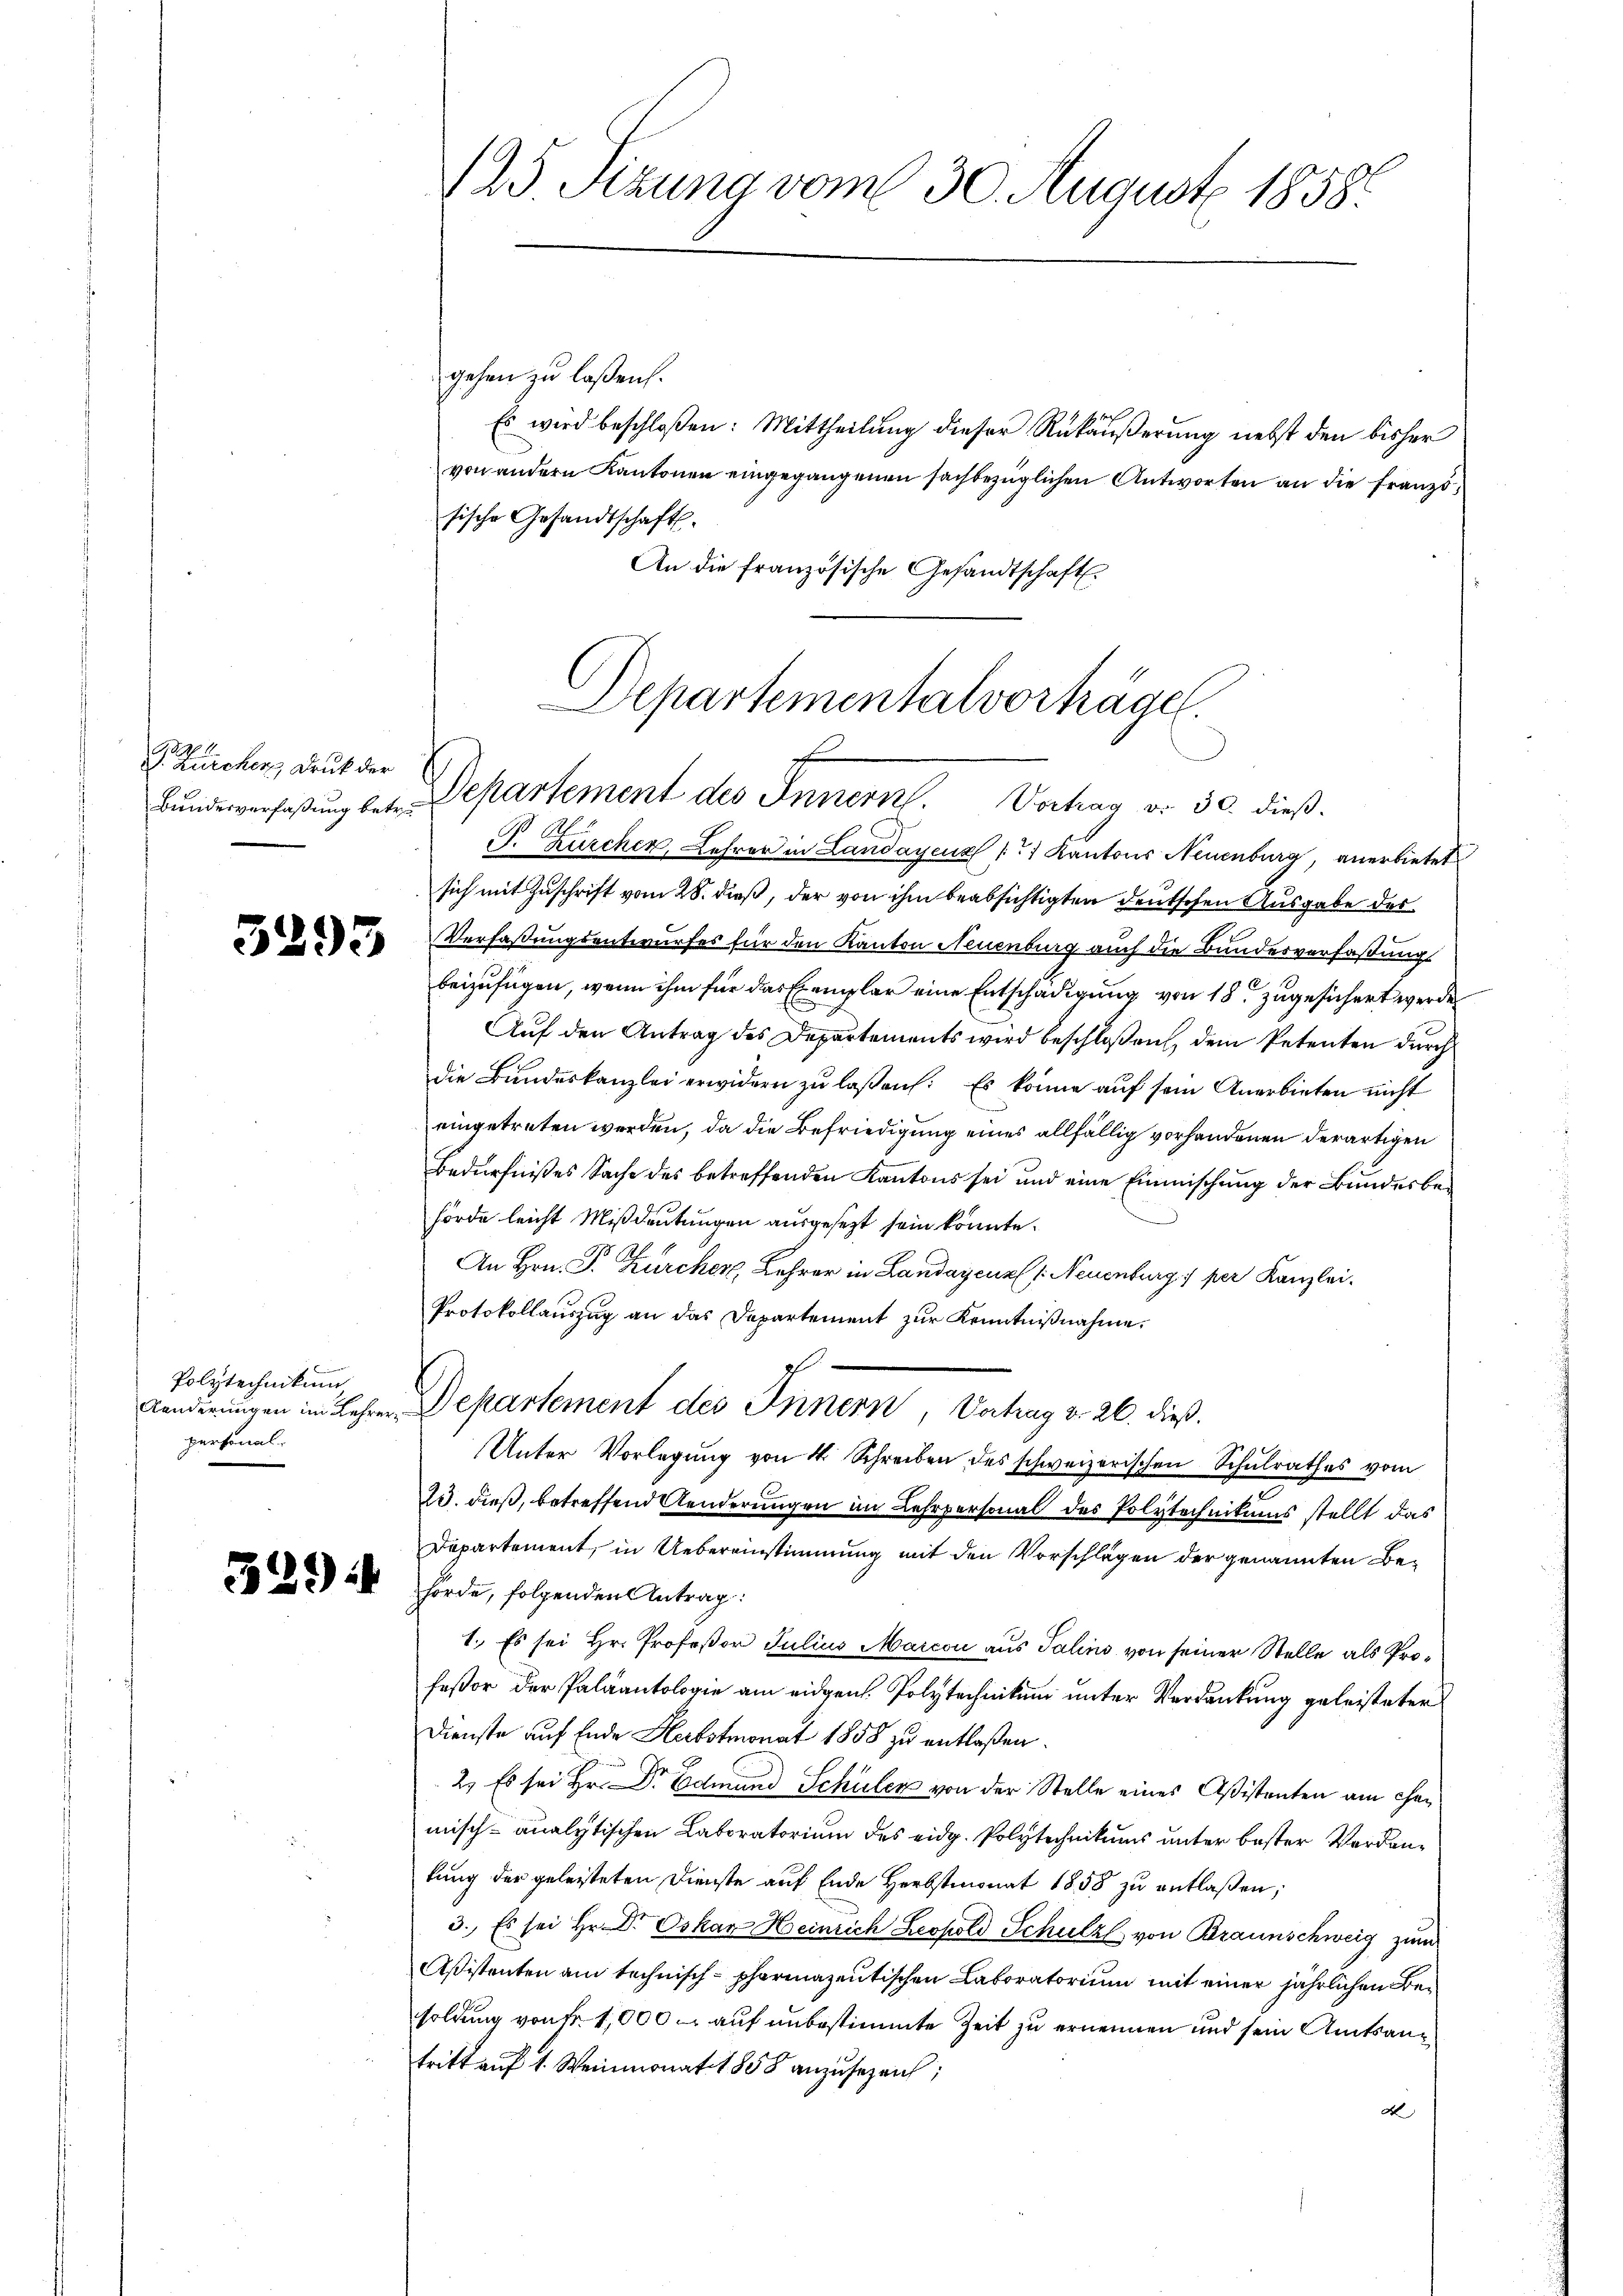
Zürcher, Druk der

5293

Polytechnikum
personal-

125 Sizung vom 30. August 1858.

gehen zu laßen.
Es wird beschloßen: Mittheilung dieser Rükäußerung nebst den bisher
von andern Kantonen eingegangenen sachbezüglichen Antworten an die Französische Gesandtschaft.
An die französische Gesandtschaft.
P. Zürcher, Lehrer in Landayeus / 1 Kantons Neuenburg, anerbietet
sich mit Zuschrift vom 28. dieß, der von ihm beabsichtigten deutschen Ausgabe des
Verfaßungsentwurfes für den Kanton Neuenburg auch die Bundesverfaßung
1
.
beizufügen, wenn ihm für das Exemplar eine Entschädigung von 18. zugesichert werde
Auf den Antrag des Departements wird beschloßen, dem Petenten durch
die Bundeskanzlei erwidern zu laßen: Es könne auf sein Anerbieten nicht
eingetreten werden, da die Befriedigung eines allfällig vorhandenen derartigen
Bedürfnißes Sache des betreffenden Kantons sei und eine Einmischŭng der Bŭndesbehörde leicht Mißdeutungen ausgesezt sein könnte.
An Hrn. P. Zürcher, Lehrer in Landayeurs. Neuenburg 1 per Kanzlei.
Protokollauszug an das Departement zur Kenntnißnahme.
Aenderungen im Lehrer Departement des Innern, Vertrag d. 26. dieß.
Unter Vorlegung von 4 Schreiben des schweizerischen Schulrathes vom
25. dieß, betreffend Aenderungen im Lehrpersonal des Polytechnikums stellt das
Departement, in Uebereinstimmung mit den Vorschlägen der genannten Be¬
2922 an Förde, folgenden Antrag:
1. Es sei Hr. Profeßor Julius Marcon aus Talins von seiner Stelle als Profeßor der Paläontologie am eidgen. Polytechnikum unter Verdankung geleisteter
Dienste auf Ende Herbstmonat 1858 zu entlaßen.
2. Es sei Hr. Dr Edmund Schüler von der Stelle eines Aßistenten am Gemisch-analytischen Laboratorium des eidg. Polytechnikums unter bester Verdankung der geleisteten Dienste auf Ende Herbstmonat 1858 zu entlaßen;
3. Es sei Hr. Dr. Oskar Heinrich Leopold Schulz von Braunschweig zum
Aßistenten am technisch-pharmazentischen Laboratorium mit einer jährlichen Besoldung von Fr. 1,000 – auf unbestimmte Zeit zu ernennen und sein Amtsantritt auf 1. Weinmonat 1858 anzusezeich,
A

Departementalvorträge.
bŭndeversaβŭng bet. Departement des Innern. Vorhag v. 30. dieß.